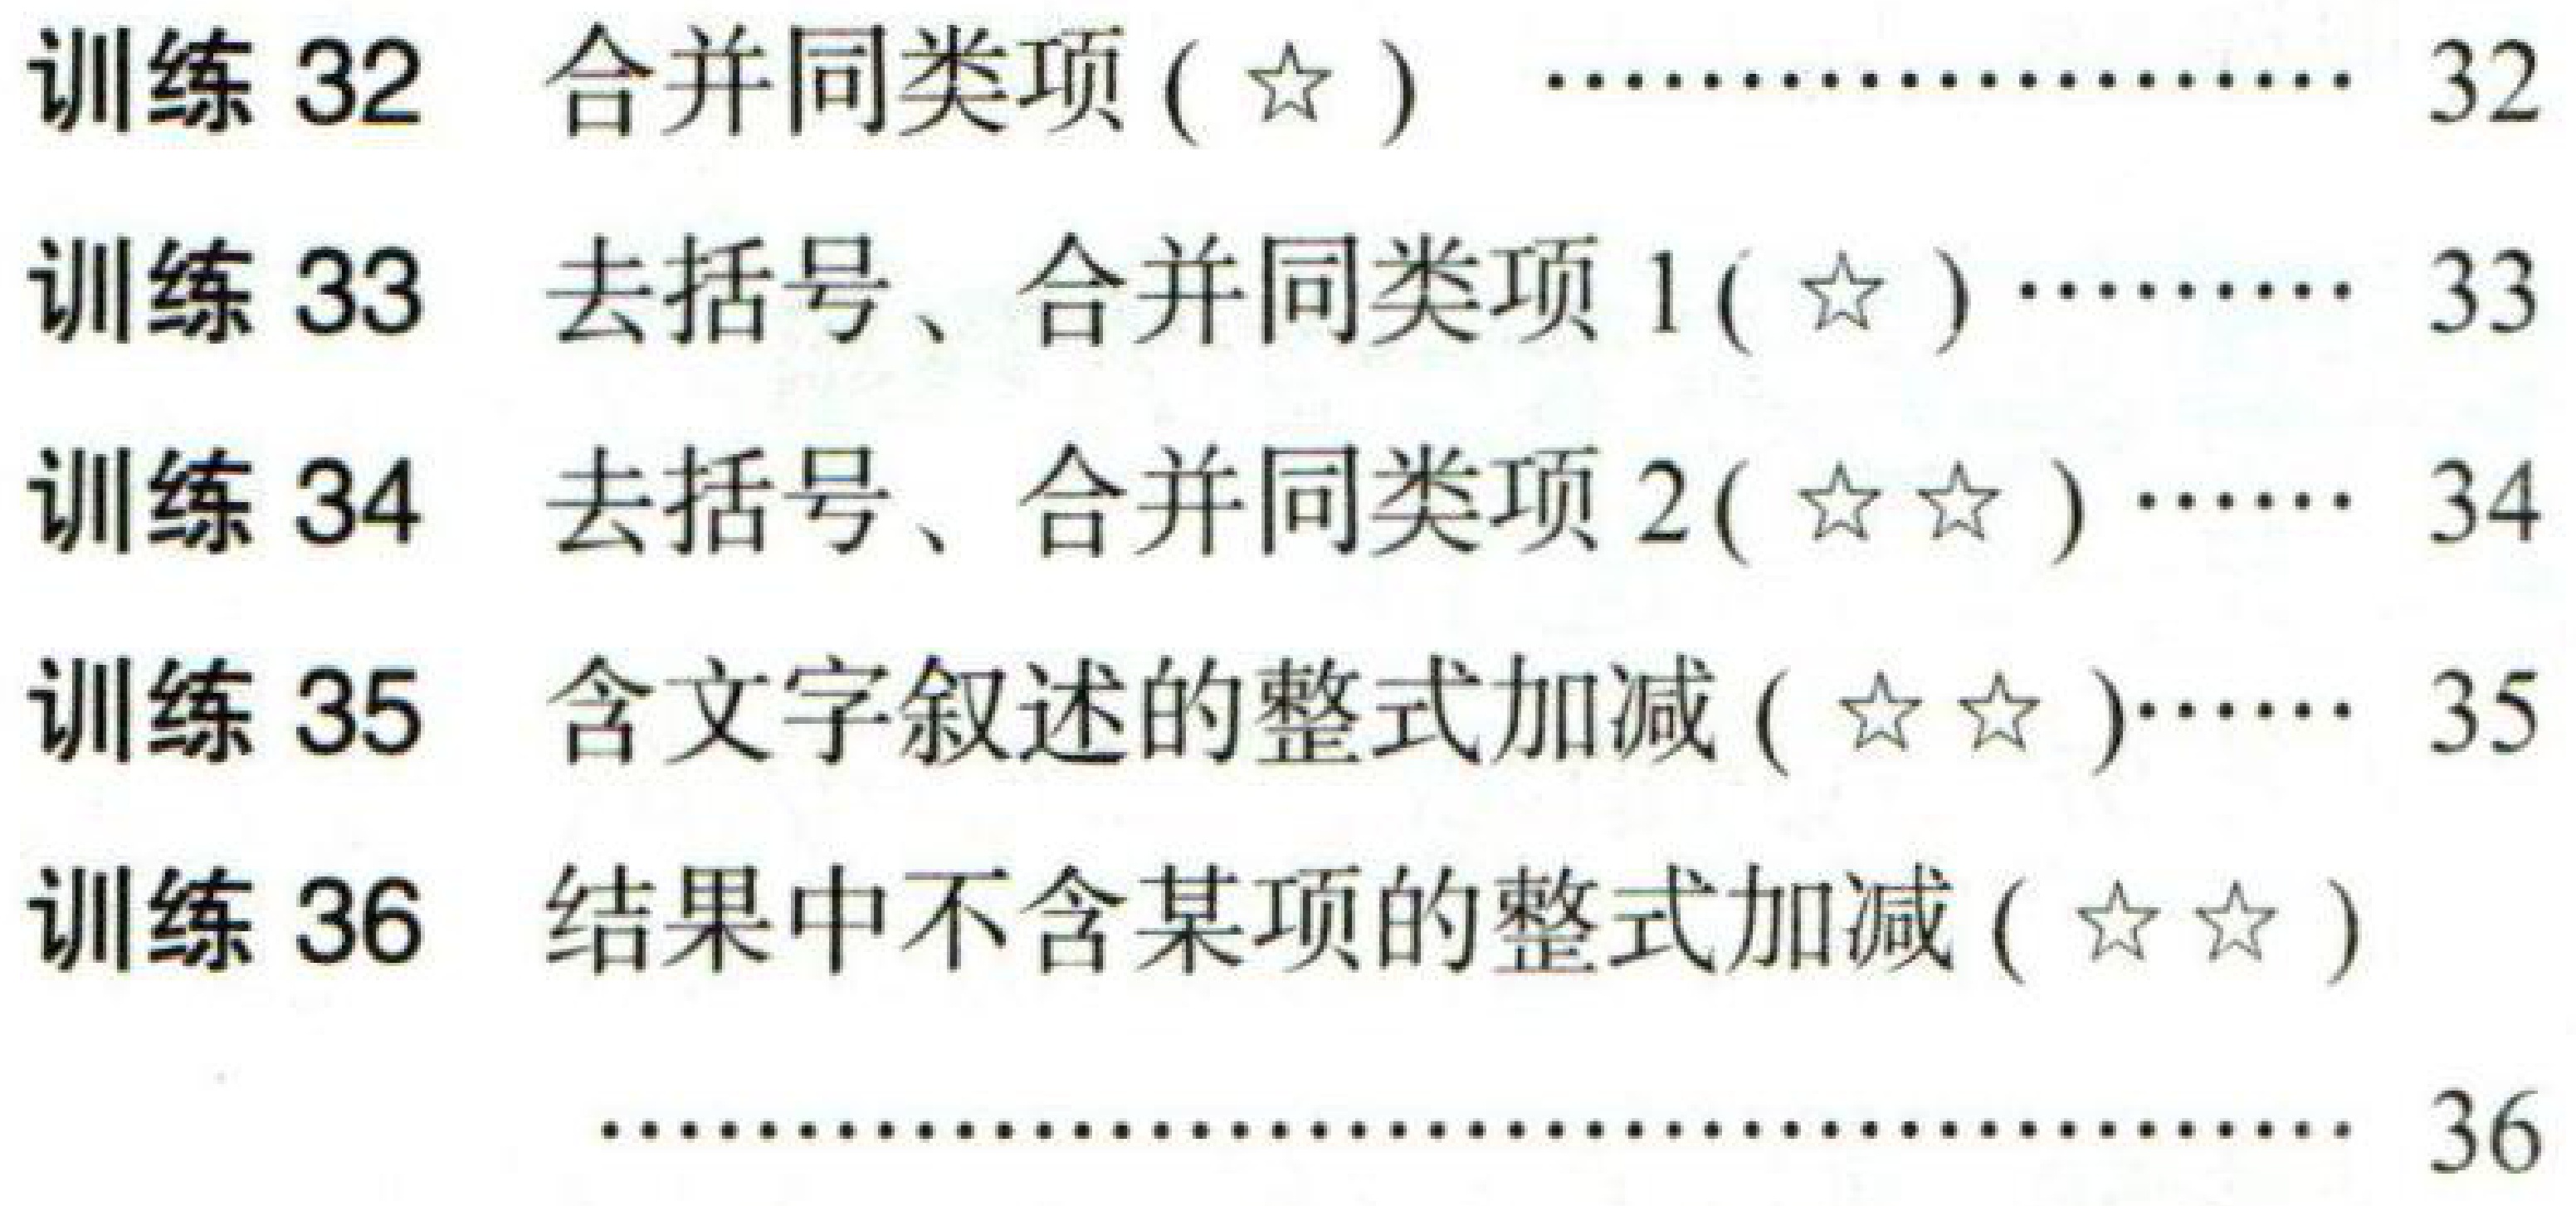
训练 32  合并同类项(☆)  ………………… 32
训练 33  去括号、合并同类项 1(☆) ……… 33
训练 34  去括号、合并同类项 2(☆☆) …… 34
训练 35  含文字叙述的整式加减(☆☆)…… 35
训练 36  结果中不含某项的整式加减(☆☆)
…………………………………… 36